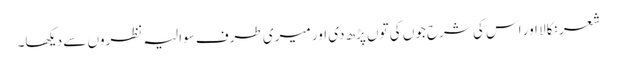
شعر نکالا اور اس کی شرح جوں کی توں پڑھ دی اور میری طرف سوالیہ نظروں سے دیکھا۔